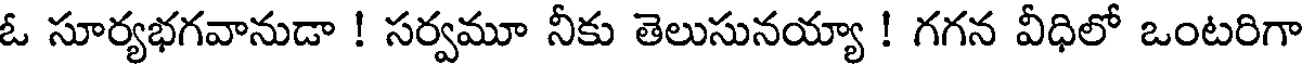
ఓ సూర్యభగవానుడా ! సర్వమూ నీకు తెలుసునయ్యా ! గగన వీధిలో ఒంటరిగా